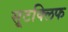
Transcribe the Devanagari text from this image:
सूटक्लिफ